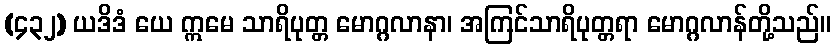
(၄၃၂) ယဒိဒံ ယေ ဣမေ သာရိပုတ္တ မောဂ္ဂလာနာ၊ အကြင်သာရိပုတ္တရာ မောဂ္ဂလာန်တို့သည်။